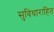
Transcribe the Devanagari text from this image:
सुविधाराहित